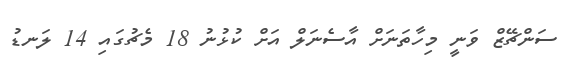
ސަންޗޭޒް ވަނީ މިހާތަަނަށް އާސެނަލް އަށް ކުޅުނު 18 މެޗުގައި 14 ލަނޑު